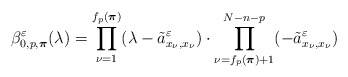
\begin{align*}\beta^\varepsilon_{0,p,\boldsymbol{\pi}}(\lambda)=\prod_{\nu=1}^{f_p(\boldsymbol{\pi})}(\lambda-\tilde{a}^\varepsilon_{x_\nu,x_\nu})\cdot \prod_{\nu=f_p(\boldsymbol{\pi})+1}^{N-n-p}(-\tilde{a}^\varepsilon_{x_\nu,x_\nu})\end{align*}